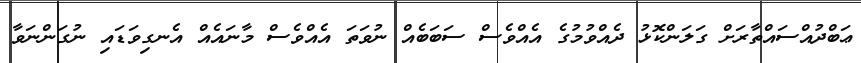
ޢަބްދުއްސައްތާރަށް ގަލަންކޮޅު ދެއްވުމުގެ އެއްވެސް ސަބަބެއް ނުވަތަ އެއްވެސް މާނައެއް އެނގިވަޑައި ނުގަންނަވާ